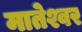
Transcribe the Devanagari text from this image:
मातेश्वर